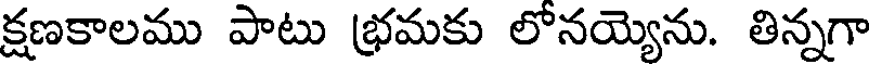
క్షణకాలము పాటు భ్రమకు లోనయ్యెను. తిన్నగా